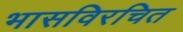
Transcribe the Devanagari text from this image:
भासविरचित